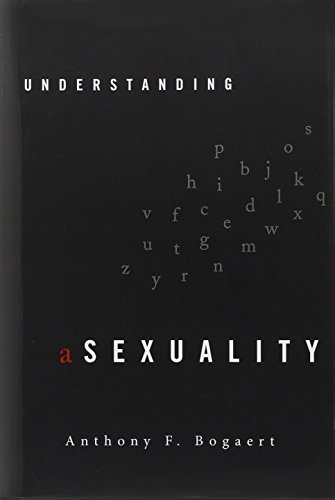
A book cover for Understanding Asexuality; Anthony F. Bogaert; Gay & Lesbian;